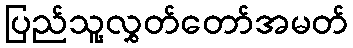
ပြည်သူ့လွှတ်တော်အမတ်